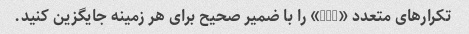
تکرارهای متعدد «its» را با ضمیر صحیح برای هر زمینه جایگزین کنید.